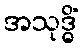
အသုဒ္ဓိံ